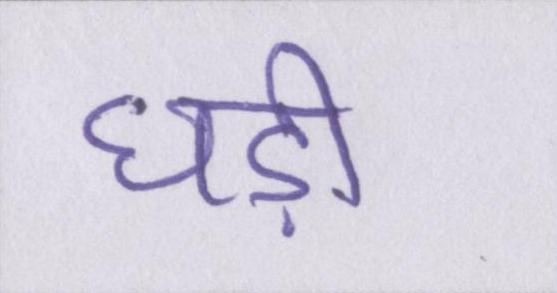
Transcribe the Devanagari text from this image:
घड़ी